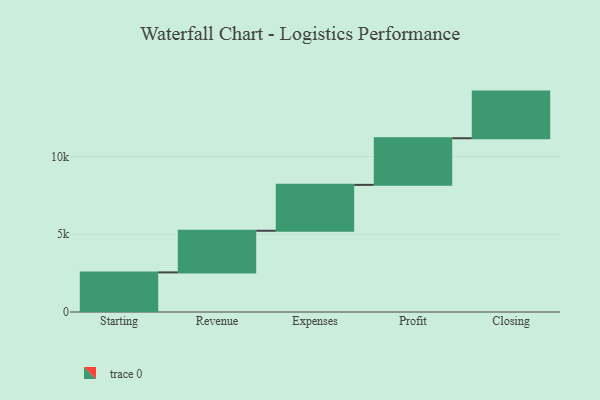
{"axis": {"x": "Step", "y": "Value"}, "legend": [""], "data": [{"x": "Starting", "y": 2549.0, "type": ""}, {"x": "Revenue", "y": 2677.0, "type": ""}, {"x": "Expenses", "y": 2952.0, "type": ""}, {"x": "Profit", "y": 3000, "type": ""}, {"x": "Closing", "y": 3000, "type": ""}]}